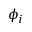
\phi _ { i }